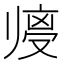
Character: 𱑼